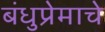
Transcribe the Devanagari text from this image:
बंधुप्रेमाचे